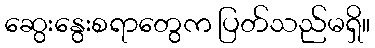
ဆွေးနွေးစရာတွေက ပြတ်သည်မရှိ။